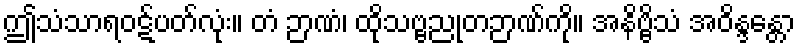
ဤသံသာရဝဋ်ပတ်လုံး။ တံ ဉာဏံ၊ ထိုသဗ္ဗညုတဉာဏ်ကို။ အနိဗ္ဗိသံ အဝိန္ဒန္တော